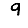
Digit: 9